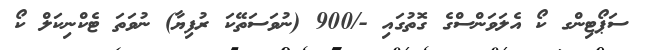
ސަޕޯޓިންގ ކޯ އެލަވަންސްގެ ގޮތުގައި -/900 (ނުވަސަތޭކަ ރުފިޔާ) ނުވަތަ ޓެކްނިކަލް ކޯ